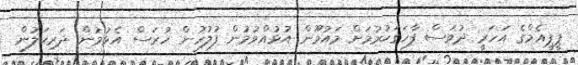
ޕީޕީއެމްގެ އަހަރީ ދުވަސް ފާހަގަކުރުމަށް މައުމޫން އުޅުއްވުމުން ފުލުހުން ހުރަސް އެޅުމުން ދަރިކަލުން